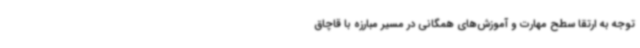
توجه به ارتقا سطح مهارت و آموزش‌های همگانی در مسیر مبارزه با قاچاق